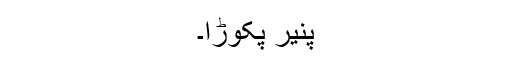
پنیر پکوڑا۔